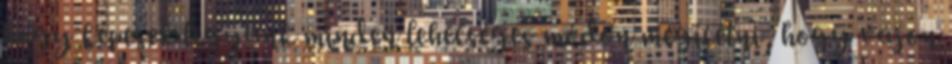
hogy képesek legyünk minden lehetséges módon megítélni, hogy vajon